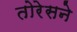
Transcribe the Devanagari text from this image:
तोरेसने